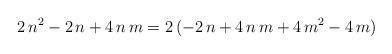
LaTeX: \begin{align*}2\,n^2-2\,n+4\,n\,m=2\,(-2\,n+4\,n\,m+4\,m^2-4\,m)\end{align*}